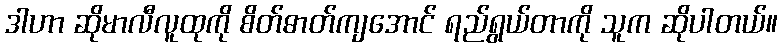
ဒါဟာ ဆိုမာလီလူထုကို စိတ်ဓာတ်ကျအောင် ရည်ရွယ်တာကို သူက ဆိုပါတယ်။